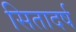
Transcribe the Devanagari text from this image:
सितादर्ष